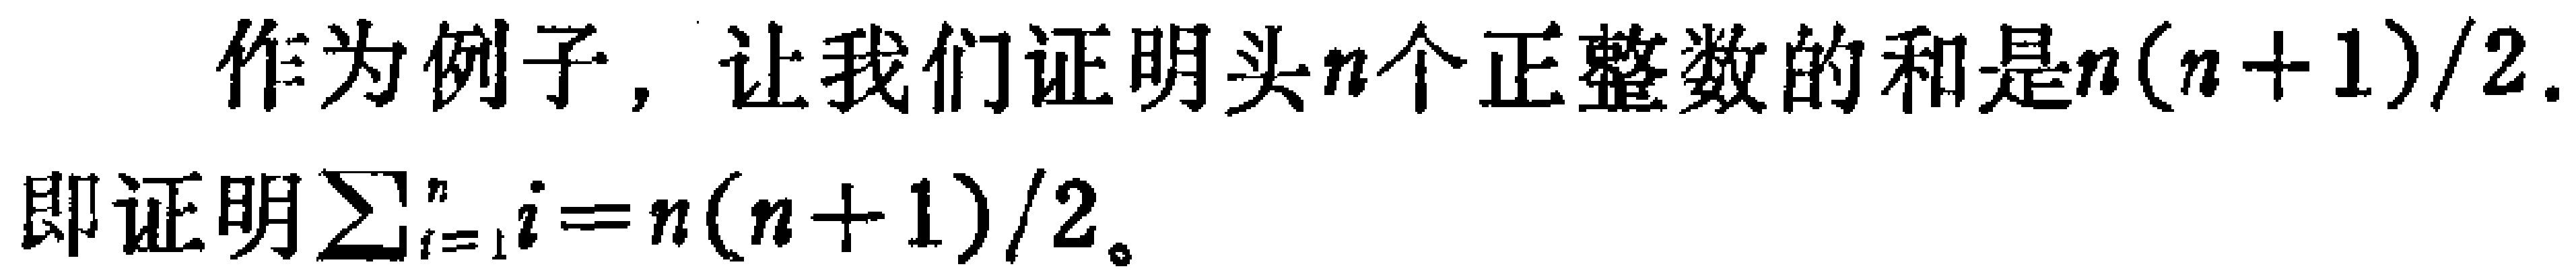
作为例子, 让我们证明头\(n\)个正整数的和是\(n(n + 1)/2\).
即证明\(\sum_{i = 1}^{n}i = n(n + 1)/2\)。